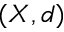
( X , d )